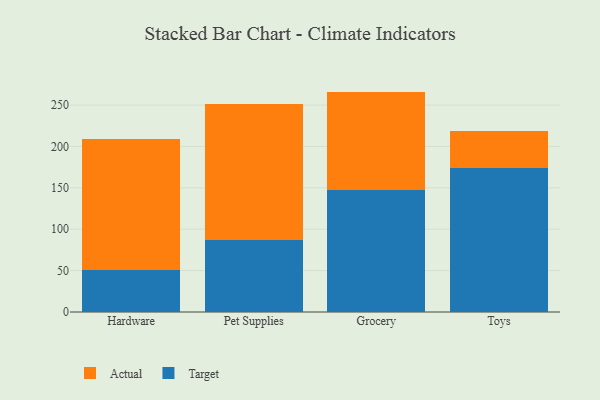
{"axis": {"x": "Category", "y": "Operating Costs (USD K)"}, "legend": ["Actual", "Target"], "data": [{"x": "Hardware", "y": 51.3, "type": "Target"}, {"x": "Hardware", "y": 157.7, "type": "Actual"}, {"x": "Pet Supplies", "y": 86.9, "type": "Target"}, {"x": "Pet Supplies", "y": 164.6, "type": "Actual"}, {"x": "Grocery", "y": 147.1, "type": "Target"}, {"x": "Grocery", "y": 119.2, "type": "Actual"}, {"x": "Toys", "y": 174.0, "type": "Target"}, {"x": "Toys", "y": 44.1, "type": "Actual"}]}